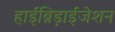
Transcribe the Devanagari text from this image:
हाईब्रिड़ाईजेशन